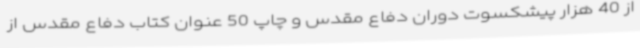
از 40 هزار پیشکسوت دوران دفاع مقدس و چاپ 50 عنوان کتاب دفاع مقدس از